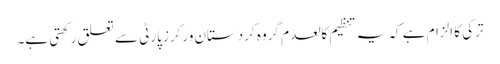
ترکی کا الزام ہے کہ یہ تنظیم کالعدم گروہ کردستان ورکرز پارٹی سے تعلق رکھتی ہے۔